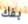
بفك